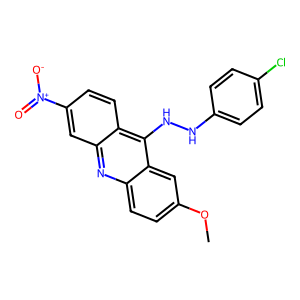
SMILES: COc1ccc2nc3cc([N+](=O)[O-])ccc3c(NNc3ccc(Cl)cc3)c2c1
Inhibits HIV replication: No